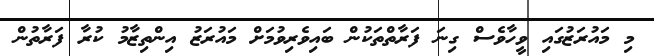
މި މައުރަޒުގައި ވީހާވެސް ގިނަ ފަރާތްތަކުން ބައިވެރިވުމަށް މައުރަޒު އިންތިޒާމު ކުރާ ފަރާތުން